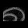
Digit: ၈